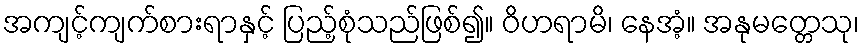
အကျင့်ကျက်စားရာနှင့် ပြည့်စုံသည်ဖြစ်၍။ ဝိဟရာမိ၊ နေအံ့။ အနုမတ္တေသု၊